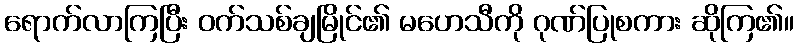
ရောက်လာကြပြီး ဝက်သစ်ချမြိုင်၏ မဟေသီကို ဂုဏ်ပြုစကား ဆိုကြ၏။